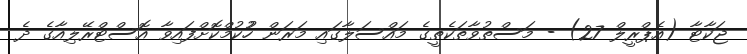
ޖަކާޓާ (އެޕްރީލް 27) - މަސްތުވާތަކެތީގެ މައްސަލާގައި މަރަން ހުުކުމްކޮށްފައިވާ އޮސްޓްރޭލިއާގެ ދެ